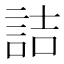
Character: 詰